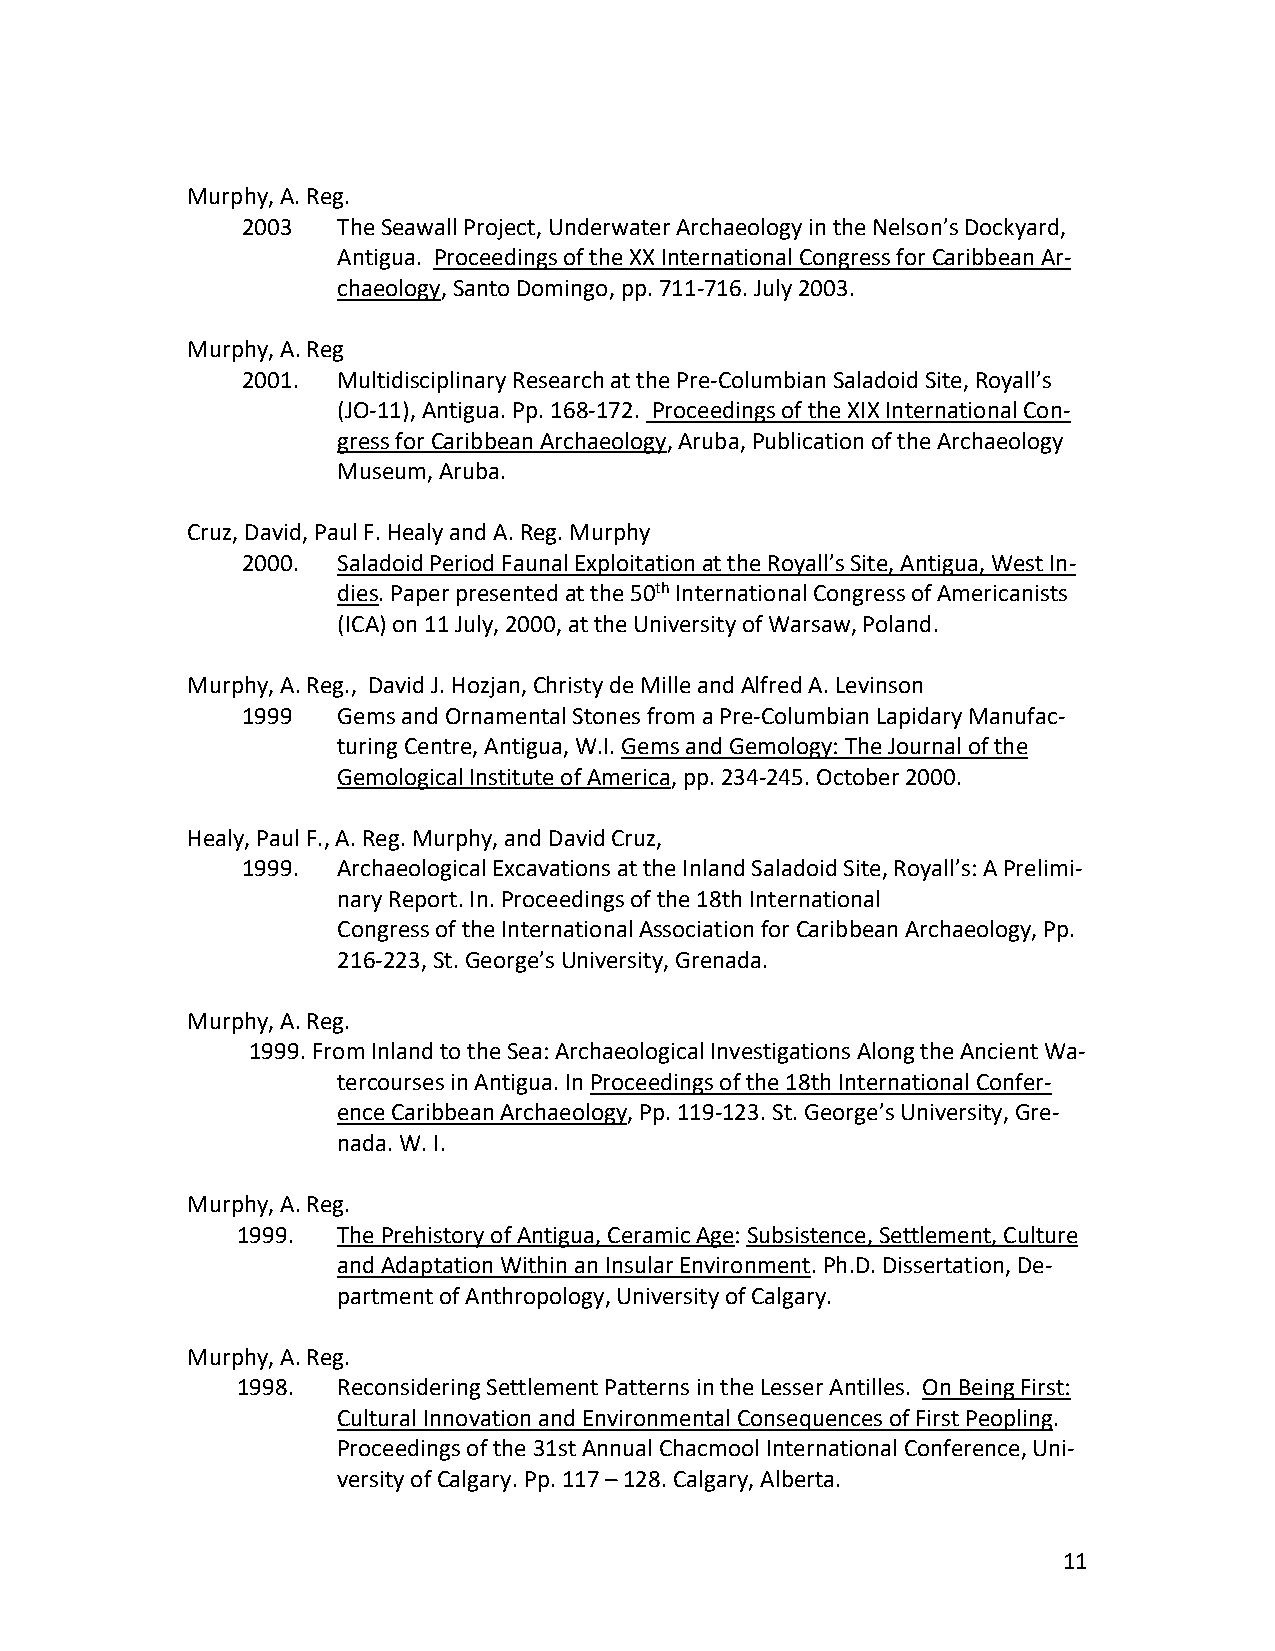
Murphy, A. Reg.
 2003  The Seawall Project, Underwater Archaeology in the Nelson’s Dockyard,
 Antigua. Proceedings of the XX International Congress for Caribbean Ar-
 chaeology, Santo Domingo, pp. 711-716. July 2003.
 Murphy, A. Reg
 2001. Multidisciplinary Research at the Pre-Columbian Saladoid Site, Royall’s
 (JO-11), Antigua. Pp. 168-172. Proceedings of the XIX International Con-
 gress for Caribbean Archaeology, Aruba, Publication of the Archaeology
 Museum, Aruba.
 Cruz, David, Paul F. Healy and A. Reg. Murphy
 2000. Saladoid Period Faunal Exploitation at the Royall’s Site, Antigua, West In-
 dies. Paper presented at the 50th International Congress of Americanists
 (ICA) on 11 July, 2000, at the University of Warsaw, Poland.
 Murphy, A. Reg., David J. Hozjan, Christy de Mille and Alfred A. Levinson
 1999  Gems and Ornamental Stones from a Pre-Columbian Lapidary Manufac-
 turing Centre, Antigua, W.I. Gems and Gemology: The Journal of the
 Gemological Institute of America, pp. 234-245. October 2000.
 Healy, Paul F., A. Reg. Murphy, and David Cruz,
 1999. Archaeological Excavations at the Inland Saladoid Site, Royall’s: A Prelimi-
 nary Report. In. Proceedings of the 18th International
 Congress of the International Association for Caribbean Archaeology, Pp.
 216-223, St. George’s University, Grenada.
 Murphy, A. Reg.
 1999. From Inland to the Sea: Archaeological Investigations Along the Ancient Wa-
 tercourses in Antigua. In Proceedings of the 18th International Confer-
 ence Caribbean Archaeology, Pp. 119-123. St. George’s University, Gre-
 nada. W. I.
 Murphy, A. Reg.
 1999. The Prehistory of Antigua, Ceramic Age: Subsistence, Settlement, Culture
 and Adaptation Within an Insular Environment. Ph.D. Dissertation, De-
 partment of Anthropology, University of Calgary.
 Murphy, A. Reg.
 1998. Reconsidering Settlement Patterns in the Lesser Antilles. On Being First:
 Cultural Innovation and Environmental Consequences of First Peopling.
 Proceedings of the 31st Annual Chacmool International Conference, Uni-
 versity of Calgary. Pp. 117 – 128. Calgary, Alberta.
 11